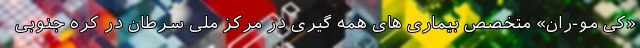
«کی مو-ران» متخصص بیماری های همه گیری در مرکز ملی سرطان در کره جنوبی